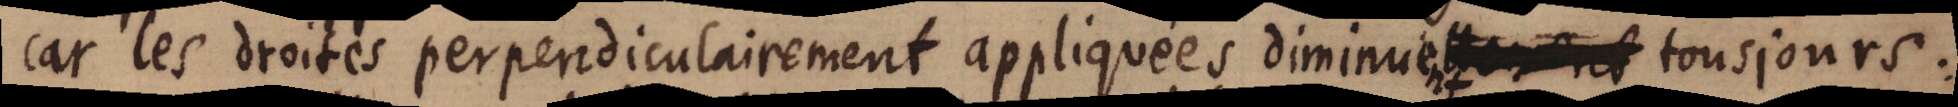
car les droites perpendiculairement appliquées diminuent_ tousjours.